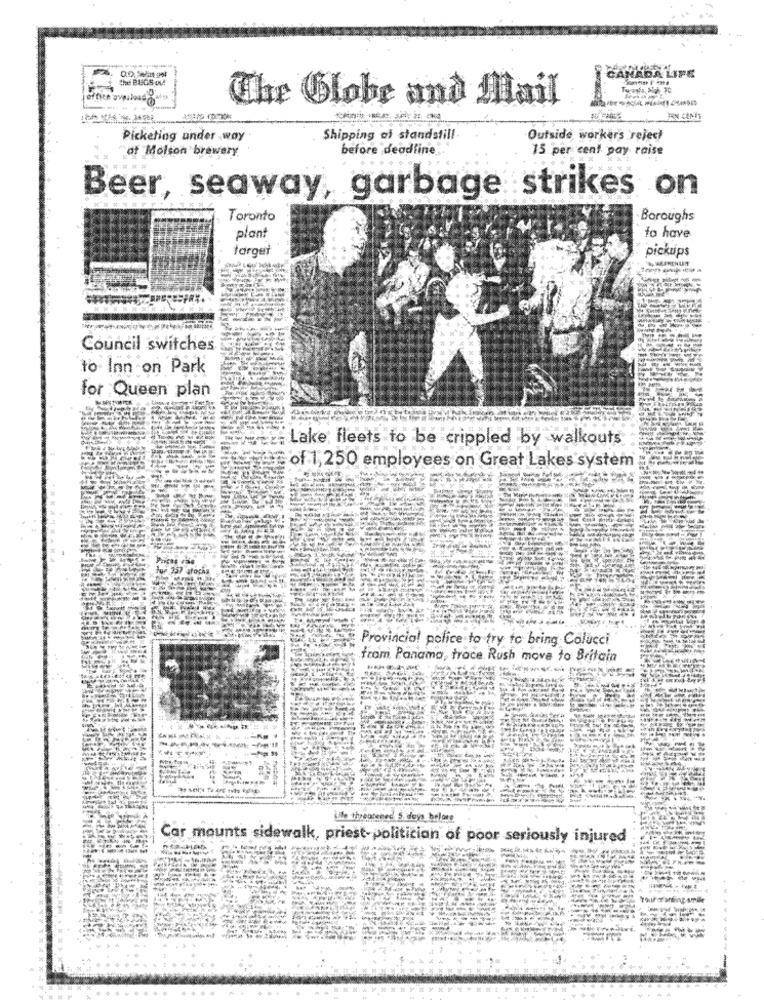
the BUGS ou
CANADA LIFE
The Globe and Mail
Picketing under -way
Shipping af standstill
Outside workers reject
of Molson brewery
before deadline
15 per cent pay raise
Beer, seaway, garbage strikes on
Toronto
Boroughs
plant
to have
target
pickups
Council switches
to Inn on Park
for Queen plan
Lake fleets to be crippled by walkouts
of 1,250 employees on Great Lakes system
----
for 257 afocas
-----
Provincia! police to try to bring Colucci
from, Panama, trace. Rush move to Britain
Lite threatened 5 days before
Car mounts sidewalk, priest-politician of poor seriously injured